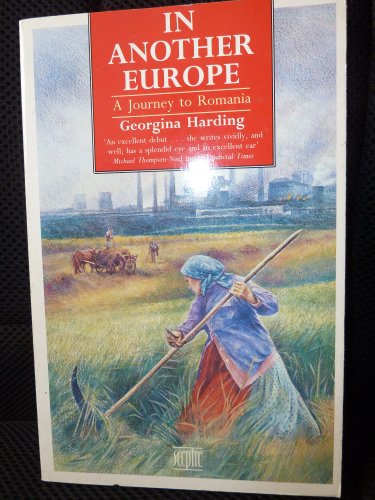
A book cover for In Another Europe: Journey Across Hungary and Roumania; Georgina Harding; Travel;